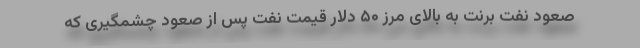
صعود نفت برنت به بالای مرز ۵۰ دلار قیمت نفت پس از صعود چشمگیری که